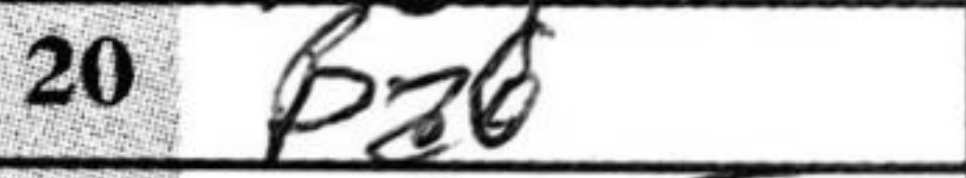
Transcription: Ba6